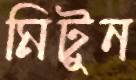
মিটুন